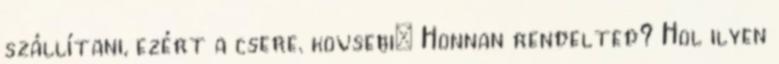
szállítani, ezért a csere. kovsebi: Honnan rendelted? Hol ilyen